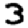
Digit: 3